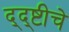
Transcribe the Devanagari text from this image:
द्द्ष्टीचे